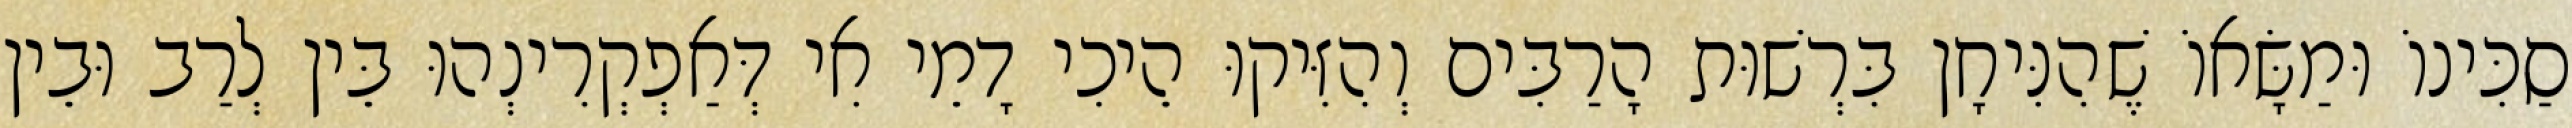
סַכִּינוֹ וּמַשָּׂאוֹ שֶׁהִנִּיחָן בִּרְשׁוּת הָרַבִּים וְהִזִּיקוּ הֵיכִי דָמֵי אִי דְּאַפְקְרִינְהוּ בֵּין לְרַב וּבֵין